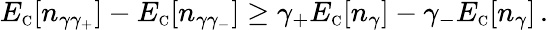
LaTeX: E_{\scriptscriptstyle\mathrm{C}}[n_{\gamma\gamma_{+}}]-E_{\scriptscriptstyle\mathrm{C}}[n_{\gamma\gamma_{-}}]\geq\gamma_{+}E_{\scriptscriptstyle\mathrm{C}}[n_{\gamma}]-\gamma_{-}E_{\scriptscriptstyle\mathrm{C}}[n_{\gamma}]\, .